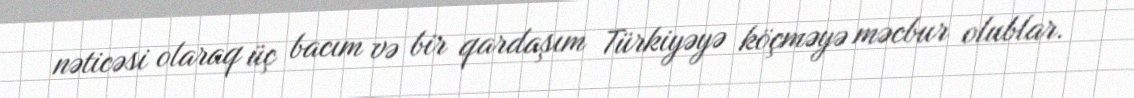
nəticəsi olaraq üç bacım və bir qardaşım Türkiyəyə köçməyə məcbur olublar.